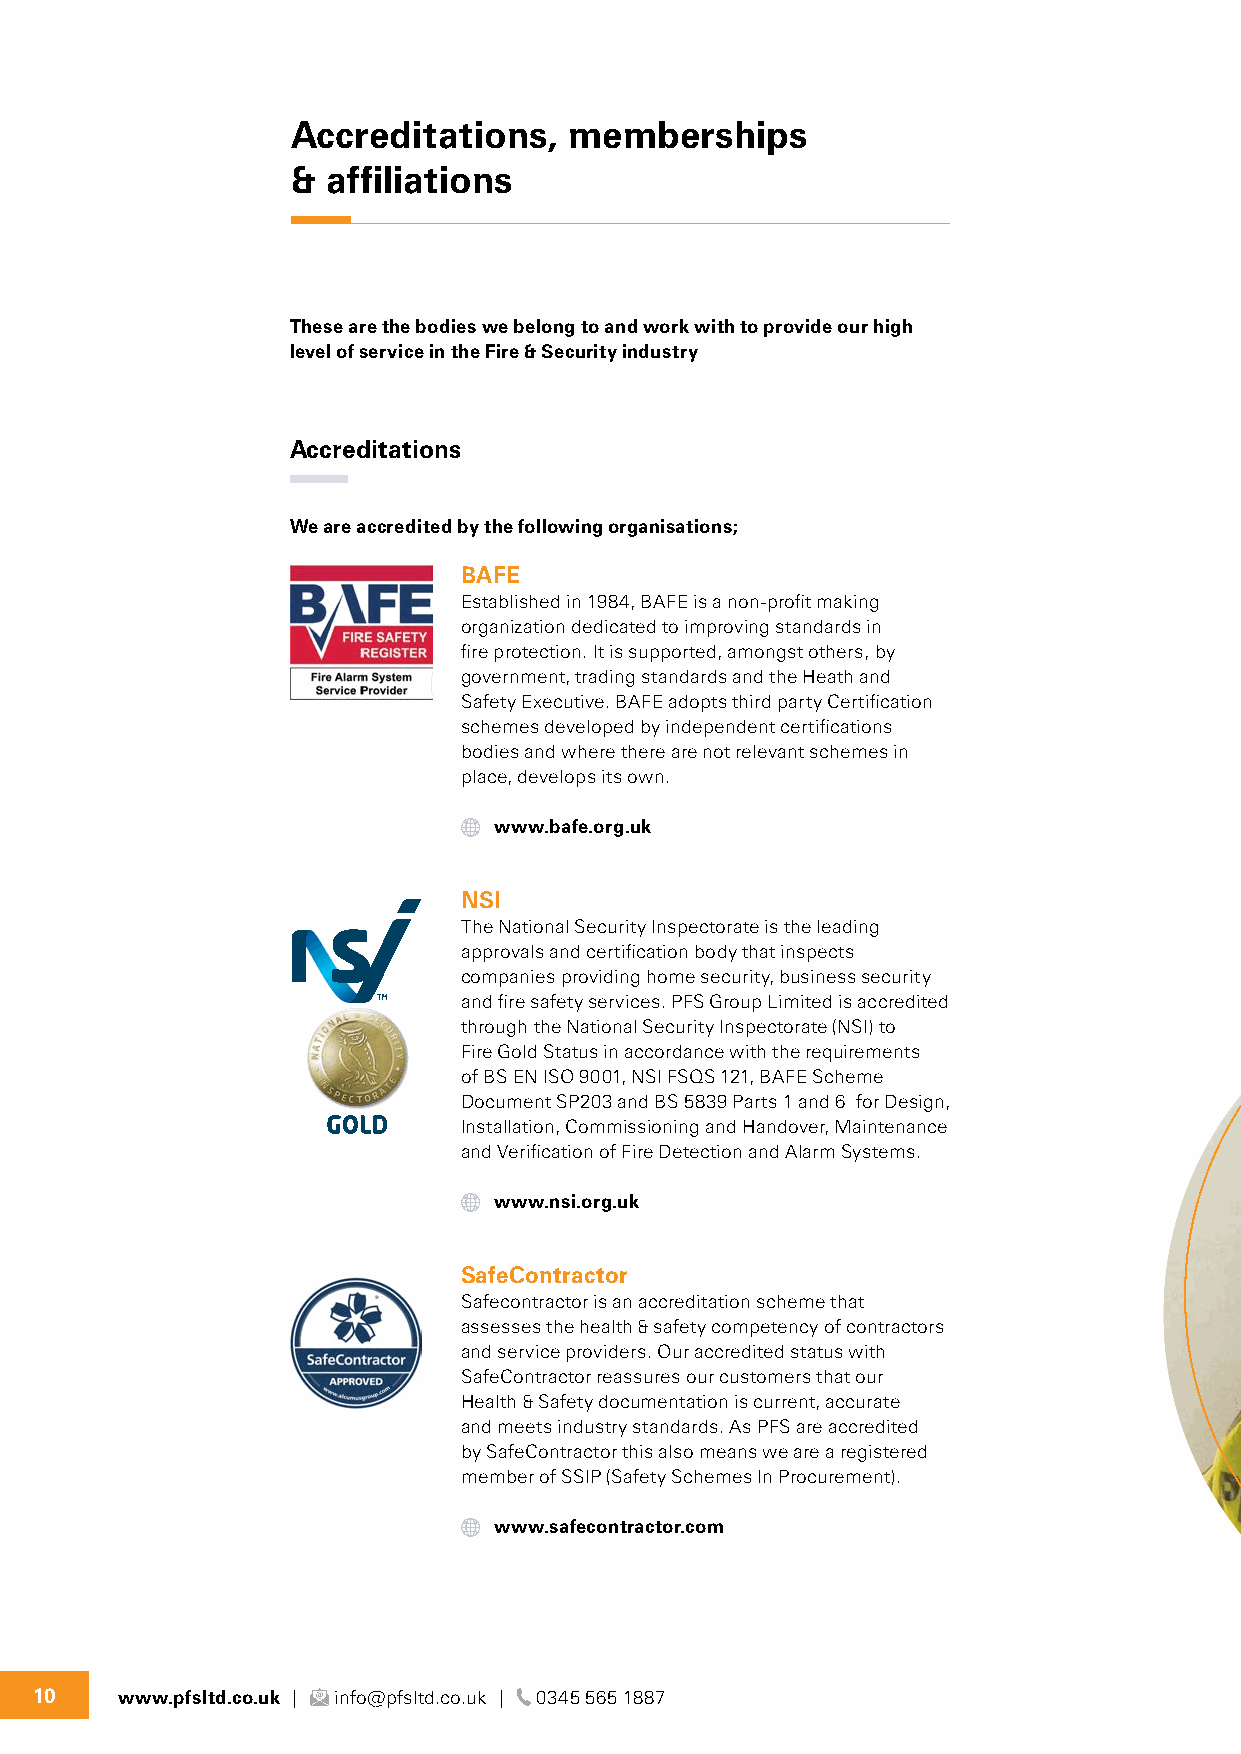
Accreditations,    memberships
 &  affiliations
 These are the bodies we belong to and work with to provide our high
 level of service in the Fire & Security industry
 Accreditations
 We are accredited by the following organisations;
 BAFE
 Established in 1984, BAFE is a non-profit making
 organization dedicated to improving standards in
 fire protection. It is supported, amongst others, by
 government, trading standards and the Heath and
 Safety Executive. BAFE adopts third party Certification
 schemes developed by independent certifications
 bodies and where there are not relevant schemes in
 place, develops its own.
 www.bafe.org.uk
 NSI
 The National Security Inspectorate is the leading
 approvals and certification body that inspects
 companies providing home security, business security
 and fire safety services. PFS Group Limited is accredited
 through the National Security Inspectorate (NSI) to
 Fire Gold Status in accordance with the requirements
 of BS EN ISO 9001, NSI FSQS 121, BAFE Scheme
 Document SP203 and BS 5839 Parts 1 and 6 for Design,
 Installation, Commissioning and Handover, Maintenance
 and Verification of Fire Detection and Alarm Systems.
 www.nsi.org.uk
 SafeContractor
 Safecontractor is an accreditation scheme that
 assesses the health & safety competency of contractors
 and service providers. Our accredited status with
 SafeContractor reassures our customers that our
 Health & Safety documentation is current, accurate
 and meets industry standards. As PFS are accredited
 by SafeContractor this also means we are a registered
 member of SSIP (Safety Schemes In Procurement).
 www.safecontractor.com
 10    www.pfsltd.co.uk | info@pfsltd.co.uk | 0345 565 1887